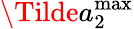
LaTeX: \Tilde{a}_{2}^{\mathrm{max}}